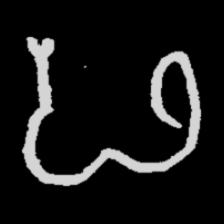
Pyu character \u2014 Myanmar letter: ဖ (romanized: pha)